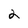
Character: 2